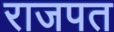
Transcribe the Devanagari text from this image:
राजपत